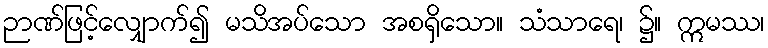
ဉာဏ်ဖြင့်လျှောက်၍ မသိအပ်သော အစရှိသော။ သံသာရေ၊ ၌။ ဣမဿ၊